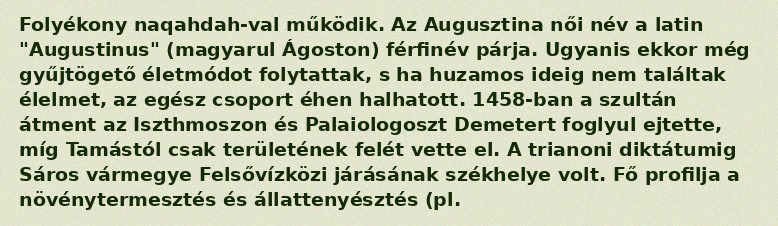
Folyékony naqahdah-val működik. Az Augusztina női név a latin "Augustinus" (magyarul Ágoston) férfinév párja. Ugyanis ekkor még gyűjtögető életmódot folytattak, s ha huzamos ideig nem találtak élelmet, az egész csoport éhen halhatott. 1458-ban a szultán átment az Iszthmoszon és Palaiologoszt Demetert foglyul ejtette, míg Tamástól csak területének felét vette el. A trianoni diktátumig Sáros vármegye Felsővízközi járásának székhelye volt. Fő profilja a növénytermesztés és állattenyésztés (pl.